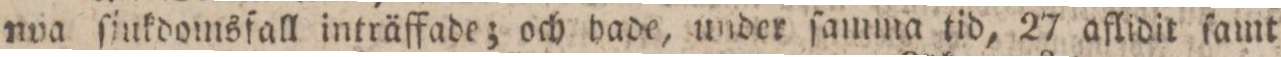
nva ſjukdomsfall inträffade; och hade, under ſamma tid, 27 aflidit ſamt